Vaccination in Burma 1889-1999 - 1889-1999
Year: 1889
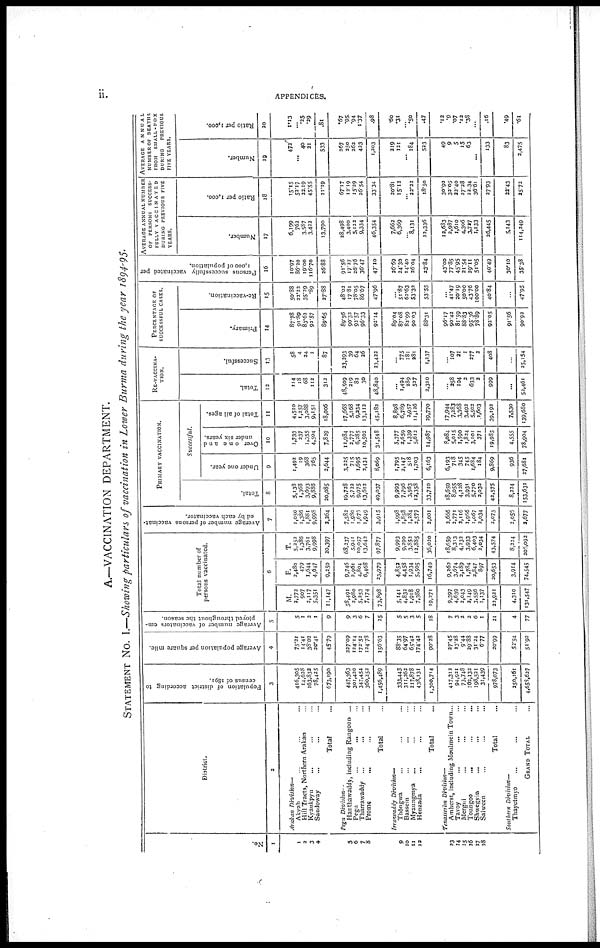
ii.
APPENDICES.
A.—VACCINATION DEPARTMENT.
STATEMENT NO. I.—Showing particulars of vaccination in Lower Burma during the year 1894-95.
No.
1
1
2
3
4
5
6
7
8
9
10
11
12
13
14
15
16
17
18
District.
2
Arakan Division—
Akyab ... ... ...
Hill Tracts, Northern Arakan ...
Kyaukpyu ... ... ...
Sandoway ... ... ...
Total ...
Pegu Division —
Hanthawaddv, including Rangoon ...
Pegu ... ... ...
Tharrawacldy ... ... ...
Prome ... ... ...
Total ...
Irrawaddy Division—
Thongwa ... ... ...
Bassein ... ... ...
Myaungmya ... ... ...
Henzada ... ... ...
Total ...
Tenasserim Division—
Amherst, including Moulmein Town...
Tavoy ... ... ...
Mergui ... ... ...
Toungoo
...
...
...
Shwegyin
...
...
...
Salween ... ... ...
Total ...
Southern Division—
Thayetmyo ... ... ...
GRAND TOTAL ...
Population of district according to
census of 1891.
3
416,305
14,628
163,832
78,425
673,190
447,363
301,420
347,454
360,252
1,456,489
333,443
311,262
217,878
438,131
1,300,714
417,312
94,921
73,748
162,132
198,521
31,439
978,073
250,161
4,653,627
Average population per square mile.
4
75.21
14.41
38.02
20.41
45.79
227.09
124.14
172.52
124.78
156.63
88.35
64.97
65.42
174.42
90.28
27.45
13.28
9.44
29.88
31.24
6.77
20.99
52.54
51.92
Average number of vaccinators em-
ployed throughout the season.
5
5
1
2
1
9
9
3
6
7
25
5
5
3
5
18
...
...
...
...
...
...
21
4
77
Total number of
persons vaccinated.
6
M.
2,773
907
2,117
5,351
11,147
53,491
2,980
5,253
7,174
73,898
5,141
4,832
1,918
7,380
19,271
9,397
4,639
2,043
2,149
3,556
1,137
22,921
4,310
131,547
F.
2,480
479
1,644
4,647
9,250
9,746
2,961
4,804
6,468
23,979
4,852
4,458
1,934
5,505
16,749
9,262
3,674
2,189
1,784
2,847
897
20,653
3,914
74,545
T.
5,252
1,386
3,761
9,998
20,397
68,237
5,941
10,057
13,643
97,877
9,993
9,290
3,852
12,885
36,020
18,659
8,313
4,232
3,933
6,403
2,034
43,574
8,224
206,092
Average number of persons vaccinat-
ed by each vaccinator.
7
1,050
1,386
1,881
9,998
3,264
7,582
1,980
1,675
1,949
3,915
1,998
1,858
1,284
2,577
2,001
2,666
2,771
2,116
1,966
1,067
2,034
2,075
2,056
2,677
PRIMARY
VACCINATION.
Total.
8
5,138
1,368
3,693
9,886
20,085
19,728
5,722
9,975
13,612
49,037
9,993
7,796
3,563
12,358
33,710
18,659
8,055
4,128
3,931
5,770
2,032
42,575
8,224
153,631
Successful.
Under one year.
9
1,492
19
368
765
2,644
3,225
715
1,695
2,434
8,069
1,795
2,147
518
1,703
6,163
6,193
718
345
745
1,684
184
9,869
936
27,681
Over one and
under six years.
10
1,733
237
1,355
4,504
7,829
11,984
2,777
6,285
10,502
31,548
5,377
2,659
1,339
5,612
14,987
8,084
5,015
1,590
1,824
3,101
371
19,985
4,555
78,904
Total of all ages.
11
4,510
1,257
3,088
9,151
18,006
17,663
5,168
9,234
13,112
45,182
8,898
6,789
2,957
11,126
29,770
17,944
7,283
3,368
3,492
5,502
1,603
39,192
7,530
139,680
RE-VACCINA-
TION.
Total.
12
114
18
68
112
312
48,509
219
82
30
48,840
...
1,494
289
527
2,310
...
258
104
2
633
3
999
...
52,461
Successful.
13
58
4
24
1
87
23,293
39
64
26
23,422
...
775
181
281
1,237
...
107
21
1
277
2
408
...
25,154
PERCENTAGE OF
SUCCESSFUL CASES.
Primary.
14
87.78
91.89
83.62
92.57
89.65
89.56
90.32
93.57
96.33
92.14
89.04
87.08
82.99
90.03
88.31
96.17
90.42
81.59
88.83
95.36
78.89
92.05
91.56
90.92
Re-vaccination.
15
50.88
22.22
35.29
.89
27.88
48.02
17.81
78.05
86.67
47.96
...
51.87
62.63
53.32
53.55
...
41.47
20.19
50.00
43.76
100.00
40.84
...
47.95
Persons successfully vaccinated per
1,000 of population.
16
10.97
86.20
19.00
116.70
26.88
91.56
17.27
26.76
36.47
47.10
26.69
24.30
14.40
26.04
23.84
43.00
77.85
45.95
21.54
29.11
51.05
40.49
30.10
35.38
AVERAGE ANNUAL NUMBER
OF
PERSONS
SUCCESS-
FULLY VACCINATED
DURING PREVIOUS FIVE
YEARS.
Number.
17
6,109
762
3,587
3,422
13,790
28,498
3,400
5,122
9,334
46,354
7,662
6,369
...
8,131
22,336
12,683
2,987
1,610
4,306
3,727
1,133
26,445
5,143
114,249
Ratio per 1,000.
18
15.15
52.17
22.19
45.55
21.19
67.17
12.19
15.29
26.54
33.34
20.8l
15.12
...
22.22
18.50
30.92
32.05
22.40
27.28
22,34
36.61
27.93
22.43
25.72
AVERAGE
ANNUAL
NUMBER OF DEATHS
FROM
SMALL-POX
DURING
PREVIOUS
FIVE YEARS.
Number.
19
472
... 40
21
533
267
250
262
423
1,203
219
121
...
184
523
49
9
5
15
63
...
133
83
2,475
Ratio per 1,000.
20
1.13
... .25
.29
.81
.67
.95
.94
1.37
.98
.60
.31
...
.50
.47
.12
.9
.07
.12
.38
...
.16
.49
.61